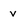
Character: v